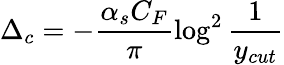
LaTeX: \Delta_{c}=-\frac{\alpha_{s}C_{F}}{\pi}\log^{2}\frac{1}{y_{cut}}